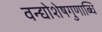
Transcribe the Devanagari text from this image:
वन्द्योशेषगुणाब्धिं